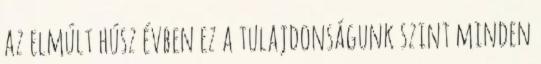
az elmúlt húsz évben ez a tulajdonságunk szint minden